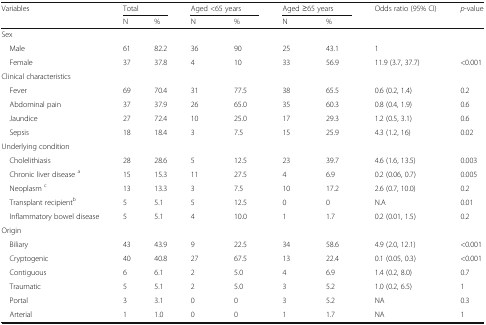
<table><thead><tr><td><b>Variables</b></td><td colspan="2"><b>Total</b></td><td colspan="2"><b>Aged &lt;65 years</b></td><td colspan="2"><b>Aged ≥65 years</b></td><td><b>Odds ratio (95% CI)</b></td><td><b><i>p</i>-value</b></td></tr><tr><td></td><td><b>N</b></td><td><b>%</b></td><td><b>N</b></td><td><b>%</b></td><td><b>N</b></td><td><b>%</b></td><td></td><td></td></tr></thead><tbody><tr><td colspan="9">Sex</td></tr><tr><td> Male</td><td>61</td><td>82.2</td><td>36</td><td>90</td><td>25</td><td>43.1</td><td>1</td><td></td></tr><tr><td> Female</td><td>37</td><td>37.8</td><td>4</td><td>10</td><td>33</td><td>56.9</td><td>11.9 (3.7, 37.7)</td><td>&lt;0.001</td></tr><tr><td colspan="9">Clinical characteristics</td></tr><tr><td> Fever</td><td>69</td><td>70.4</td><td>31</td><td>77.5</td><td>38</td><td>65.5</td><td>0.6 (0.2, 1.4)</td><td>0.2</td></tr><tr><td> Abdominal pain</td><td>37</td><td>37.9</td><td>26</td><td>65.0</td><td>35</td><td>60.3</td><td>0.8 (0.4, 1.9)</td><td>0.6</td></tr><tr><td> Jaundice</td><td>27</td><td>72.4</td><td>10</td><td>25.0</td><td>17</td><td>29.3</td><td>1.2 (0.5, 3.1)</td><td>0.6</td></tr><tr><td> Sepsis</td><td>18</td><td>18.4</td><td>3</td><td>7.5</td><td>15</td><td>25.9</td><td>4.3 (1.2, 16)</td><td>0.02</td></tr><tr><td colspan="9">Underlying condition</td></tr><tr><td> Cholelithiasis</td><td>28</td><td>28.6</td><td>5</td><td>12.5</td><td>23</td><td>39.7</td><td>4.6 (1.6, 13.5)</td><td>0.003</td></tr><tr><td> Chronic liver disease <sup>a</sup></td><td>15</td><td>15.3</td><td>11</td><td>27.5</td><td>4</td><td>6.9</td><td>0.2 (0.06, 0.7)</td><td>0.005</td></tr><tr><td> Neoplasm <sup>c</sup></td><td>13</td><td>13.3</td><td>3</td><td>7.5</td><td>10</td><td>17.2</td><td>2.6 (0.7, 10.0)</td><td>0.2</td></tr><tr><td> Transplant recipient<sup>b</sup></td><td>5</td><td>5.1</td><td>5</td><td>12.5</td><td>0</td><td>0</td><td>N.A</td><td>0.01</td></tr><tr><td> Inflammatory bowel disease</td><td>5</td><td>5.1</td><td>4</td><td>10.0</td><td>1</td><td>1.7</td><td>0.2 (0.01, 1.5)</td><td>0.2</td></tr><tr><td colspan="9">Origin</td></tr><tr><td> Biliary</td><td>43</td><td>43.9</td><td>9</td><td>22.5</td><td>34</td><td>58.6</td><td>4.9 (2.0, 12.1)</td><td>&lt;0.001</td></tr><tr><td> Cryptogenic</td><td>40</td><td>40.8</td><td>27</td><td>67.5</td><td>13</td><td>22.4</td><td>0.1 (0.05, 0.3)</td><td>&lt;0.001</td></tr><tr><td> Contiguous</td><td>6</td><td>6.1</td><td>2</td><td>5.0</td><td>4</td><td>6.9</td><td>1.4 (0.2, 8.0)</td><td>0.7</td></tr><tr><td> Traumatic</td><td>5</td><td>5.1</td><td>2</td><td>5.0</td><td>3</td><td>5.2</td><td>1.0 (0.2, 6.5)</td><td>1</td></tr><tr><td> Portal</td><td>3</td><td>3.1</td><td>0</td><td>0</td><td>3</td><td>5.2</td><td>NA</td><td>0.3</td></tr><tr><td> Arterial</td><td>1</td><td>1.0</td><td>0</td><td>0</td><td>1</td><td>1.7</td><td>NA</td><td>1</td></tr></tbody></table>